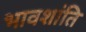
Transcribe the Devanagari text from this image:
भावशांति